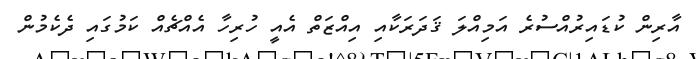
އާރިން ކުޑައިރުއްސުރެ އަމިއްލަ ޤަދަރަކާއި އިއްޒަތް އެއީ ހުރިހާ އެއްޗެއް ކަމުގައި ދެކެމުން